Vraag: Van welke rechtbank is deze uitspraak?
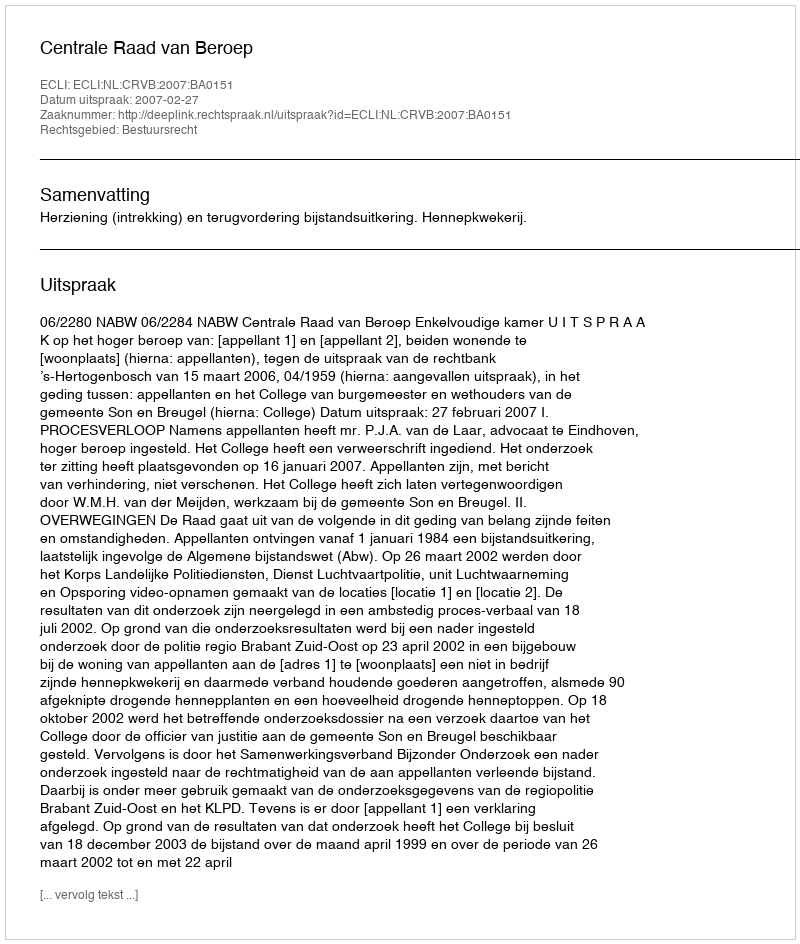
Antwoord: Centrale Raad van Beroep